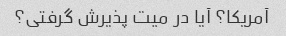
آمریکا؟ آیا در میت پذیرش گرفتی؟